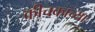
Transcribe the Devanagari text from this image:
कीचकाच्या